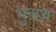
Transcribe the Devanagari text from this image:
भुलथ